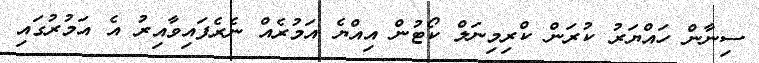
ސިނާން ހައްޔަރު ކުރަން ކްރިމިނަލް ކޯޓުން އިއްޔެ އަމުރެއް ނެރެފައިވާއިރު އެ އަމުރުގައި